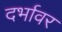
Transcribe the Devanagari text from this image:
दर्भावर